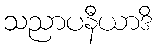
သညာပနီယာဒိ